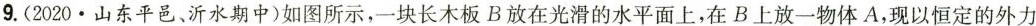
9.(2020·山东平邑、沂水期中)如图所示，一块长木板B放在光滑的水平面上，在B上放一物体A，现以恒定的外力